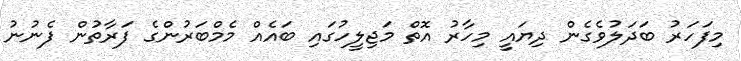
މިފަހަރު ބަދަލުވެގެން ދިޔައީ މިހާރު އޮތް މަޖިލީހުގައި ބައެއް މެމްބަރުންގެ ފަރާތުން ފެނުނު